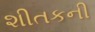
શીતકની